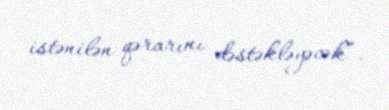
istənilən qərarını dəstəkləyəcək”.